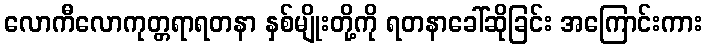
လောကီလောကုတ္တရာရတနာ နှစ်မျိုးတို့ကို ရတနာခေါ်ဆိုခြင်း အကြောင်းကား